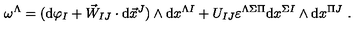
\omega ^ { \Lambda } = ( \mathrm { d } \varphi _ { I } + \vec { W } _ { I J } \cdot \mathrm { d } \vec { x } ^ { J } ) \wedge \mathrm { d } x ^ { \Lambda I } + U _ { I J } \varepsilon ^ { \Lambda \Sigma \Pi } \mathrm { d } x ^ { \Sigma I } \wedge \mathrm { d } x ^ { \Pi J } \ .